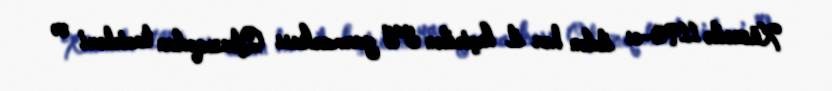
Xüsusilə 1190-cı ildən hər il keçirilən yay yarmarkası Qlazqodan tacirləri və